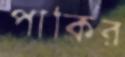
পাকির